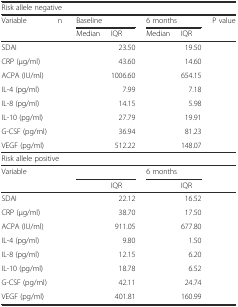
<table><thead><tr><td colspan="7"><b>Risk allele negative</b></td></tr><tr><td><b>Variable</b></td><td><b>n</b></td><td colspan="2"><b>Baseline</b></td><td colspan="2"><b>6 months</b></td><td><b>P value</b></td></tr><tr><td>[EMPTY_CELL]</td><td>[EMPTY_CELL]</td><td><b>Median</b></td><td><b>IQR</b></td><td><b>Median</b></td><td><b>IQR</b></td><td>[EMPTY_CELL]</td></tr></thead><tbody><tr><td>SDAI</td><td>[EMPTY_CELL]</td><td>[EMPTY_CELL]</td><td>23.50</td><td>[EMPTY_CELL]</td><td>19.50</td><td>[EMPTY_CELL]</td></tr><tr><td>CRP (μg/ml)</td><td>[EMPTY_CELL]</td><td>[EMPTY_CELL]</td><td>43.60</td><td>[EMPTY_CELL]</td><td>14.60</td><td>[EMPTY_CELL]</td></tr><tr><td>ACPA (IU/ml)</td><td>[EMPTY_CELL]</td><td>[EMPTY_CELL]</td><td>1006.60</td><td>[EMPTY_CELL]</td><td>654.15</td><td>[EMPTY_CELL]</td></tr><tr><td>IL-4 (pg/ml)</td><td>[EMPTY_CELL]</td><td>[EMPTY_CELL]</td><td>7.99</td><td>[EMPTY_CELL]</td><td>7.18</td><td>[EMPTY_CELL]</td></tr><tr><td>IL-8 (pg/ml)</td><td>[EMPTY_CELL]</td><td>[EMPTY_CELL]</td><td>14.15</td><td>[EMPTY_CELL]</td><td>5.98</td><td>[EMPTY_CELL]</td></tr><tr><td>IL-10 (pg/ml)</td><td>[EMPTY_CELL]</td><td>[EMPTY_CELL]</td><td>27.79</td><td>[EMPTY_CELL]</td><td>19.91</td><td>[EMPTY_CELL]</td></tr><tr><td>G-CSF (pg/ml)</td><td>[EMPTY_CELL]</td><td>[EMPTY_CELL]</td><td>36.94</td><td>[EMPTY_CELL]</td><td>81.23</td><td>[EMPTY_CELL]</td></tr><tr><td>VEGF (pg/ml)</td><td>[EMPTY_CELL]</td><td>[EMPTY_CELL]</td><td>512.22</td><td>[EMPTY_CELL]</td><td>148.07</td><td>[EMPTY_CELL]</td></tr><tr><td colspan="7">Risk allele positive</td></tr><tr><td>Variable</td><td>[EMPTY_CELL]</td><td colspan="2">[EMPTY_CELL]</td><td colspan="2">6 months</td><td>[EMPTY_CELL]</td></tr><tr><td>[EMPTY_CELL]</td><td>[EMPTY_CELL]</td><td>[EMPTY_CELL]</td><td>IQR</td><td>[EMPTY_CELL]</td><td>IQR</td><td>[EMPTY_CELL]</td></tr><tr><td>SDAI</td><td>[EMPTY_CELL]</td><td>[EMPTY_CELL]</td><td>22.12</td><td>[EMPTY_CELL]</td><td>16.52</td><td>[EMPTY_CELL]</td></tr><tr><td>CRP (μg/ml)</td><td>[EMPTY_CELL]</td><td>[EMPTY_CELL]</td><td>38.70</td><td>[EMPTY_CELL]</td><td>17.50</td><td>[EMPTY_CELL]</td></tr><tr><td>ACPA (IU/ml)</td><td>[EMPTY_CELL]</td><td>[EMPTY_CELL]</td><td>911.05</td><td>[EMPTY_CELL]</td><td>677.80</td><td>[EMPTY_CELL]</td></tr><tr><td>IL-4 (pg/ml)</td><td>[EMPTY_CELL]</td><td>[EMPTY_CELL]</td><td>9.80</td><td>[EMPTY_CELL]</td><td>1.50</td><td>[EMPTY_CELL]</td></tr><tr><td>IL-8 (pg/ml)</td><td>[EMPTY_CELL]</td><td>[EMPTY_CELL]</td><td>12.15</td><td>[EMPTY_CELL]</td><td>6.20</td><td>[EMPTY_CELL]</td></tr><tr><td>IL-10 (pg/ml)</td><td>[EMPTY_CELL]</td><td>[EMPTY_CELL]</td><td>18.78</td><td>[EMPTY_CELL]</td><td>6.52</td><td>[EMPTY_CELL]</td></tr><tr><td>G-CSF (pg/ml)</td><td>[EMPTY_CELL]</td><td>[EMPTY_CELL]</td><td>42.11</td><td>[EMPTY_CELL]</td><td>24.74</td><td>[EMPTY_CELL]</td></tr><tr><td>VEGF (pg/ml)</td><td>[EMPTY_CELL]</td><td>[EMPTY_CELL]</td><td>401.81</td><td>[EMPTY_CELL]</td><td>160.99</td><td>[EMPTY_CELL]</td></tr></tbody></table>